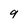
Character: 9